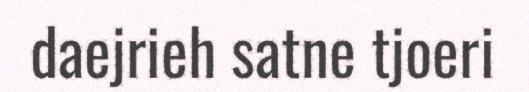
daejrieh satne tjoeri